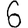
Digit: 6